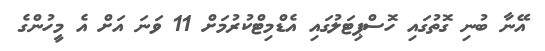
އޭނާ ބުނި ގޮތުގައި ހޮސްޕިޓަލުގައި އެޑްމިޓްކުރުމަށް 11 ވަނަ އަށް އެ މީހުންގެ